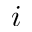
i